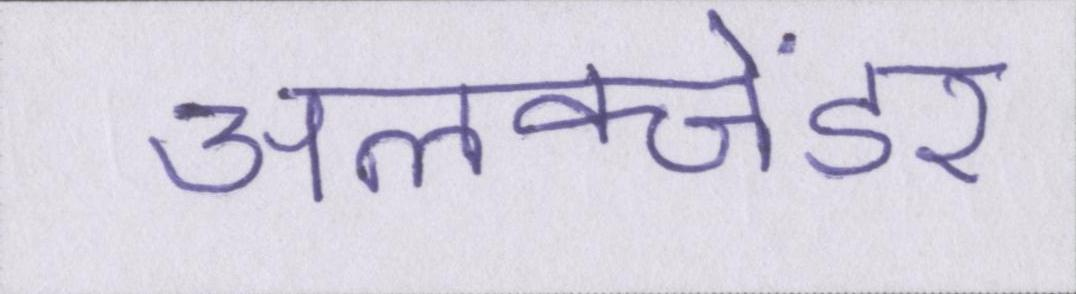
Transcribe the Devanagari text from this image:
अलेक्जेंडर